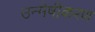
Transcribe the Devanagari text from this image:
उन्मेषीकरण